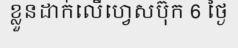
ខ្លួនដាក់លើហ្វេសប៊ុក 6 ថ្ងៃ